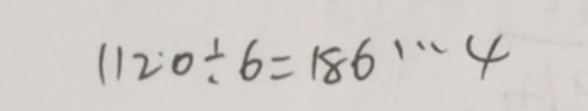
1 1 2 0 \div 6 = 1 8 6 \cdots 4